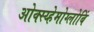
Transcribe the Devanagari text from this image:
ओक्स्य्हेमोग्लोबिं